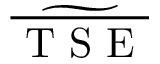
\widetilde { \overline { { \mathrm { ~ T ~ S ~ E ~ } } } }